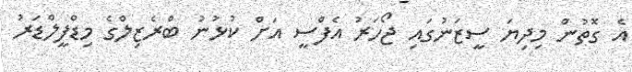
އެ ގޮތުން މިދިޔަ ސީޒަނުގައި ޖޯހަރު އެފްސީ އަށް ކުޅުނު ބްރެޒިލްގެ މިޑްފީލްޑަރު